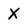
Character: X